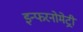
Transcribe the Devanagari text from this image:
इन्फरनोमेट्री